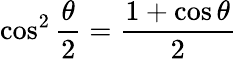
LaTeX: \cos^{2}{\frac{\theta}{2}}={\frac{1+\cos\theta}{2}}